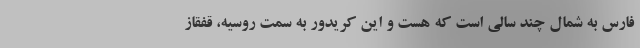
فارس به شمال چند سالی است که هست و این کریدور به سمت روسیه، قفقاز